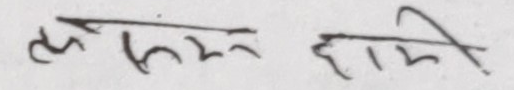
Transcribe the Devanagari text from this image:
लक्ष्मण हामी